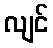
လျင်